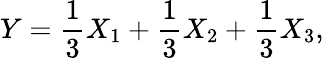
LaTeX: Y=\frac{1}{3}X_{1}+\frac{1}{3}X_{2}+\frac{1}{3}X_{3},